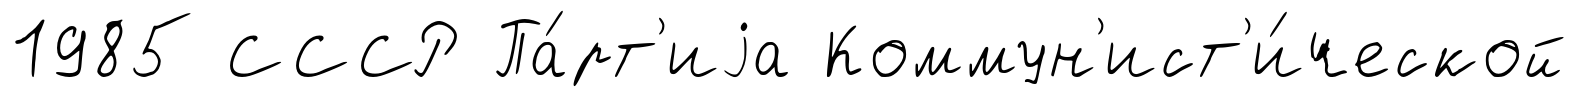
1985 СССР Па́рт'иjа Коммун'ист'и́ческой